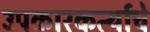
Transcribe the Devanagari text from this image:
उपकारकर्त्याचे